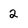
Character: 2